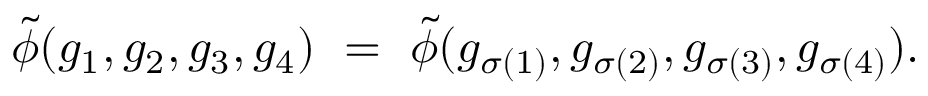
\tilde { \phi } ( g _ { 1 } , g _ { 2 } , g _ { 3 } , g _ { 4 } ) \ = \ \tilde { \phi } ( g _ { \sigma ( 1 ) } , g _ { \sigma ( 2 ) } , g _ { \sigma ( 3 ) } , g _ { \sigma ( 4 ) } ) .